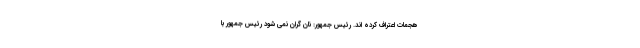
هجمات اعتراف کرده اند. رئیس جمهور: نان گران نمی شود رئیس جمهور با